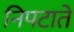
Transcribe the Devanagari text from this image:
निपटाते